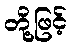
တို့ဖြင့်